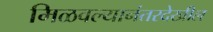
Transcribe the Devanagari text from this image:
मिळवल्यानंतरदेखील